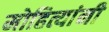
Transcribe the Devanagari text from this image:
मोहित्यांनी